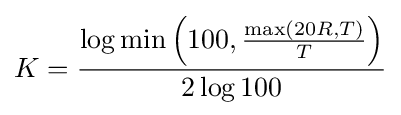
K={\frac {\log \min \left(100,{\frac {\max(20R,T)}{T}}\right)}{2\log 100}}